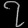
Digit: ၇